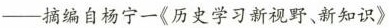
-摘编自杨宁一《历史学习新视野、新知识》